King Institute of Preventive Medicine Micro-Biological Section reports 1909-11
Year: 1909
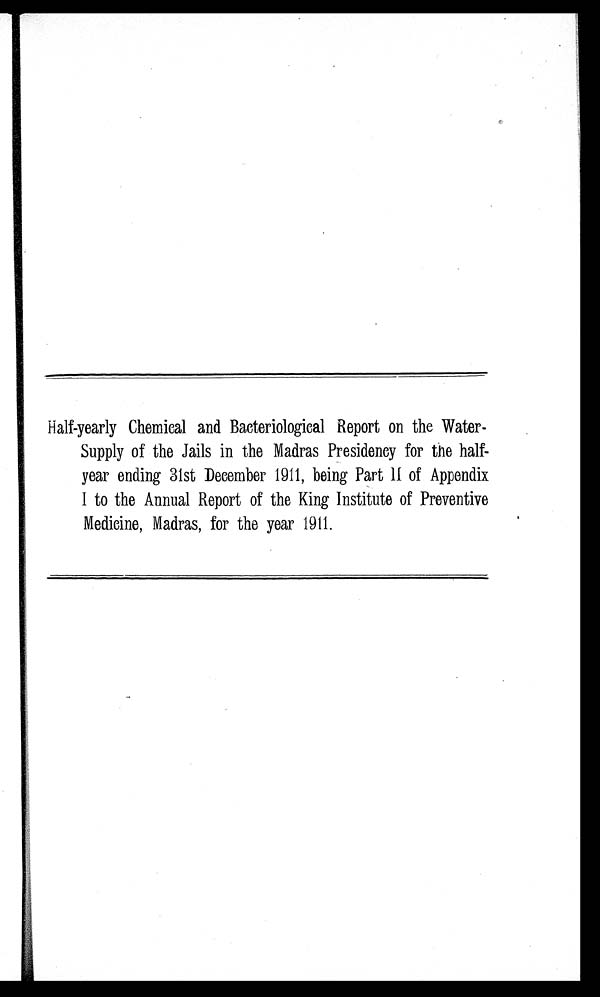
Half-yearly Chemical and Bacteriological Report on the Water-
Supply of the Jails in the Madras Presidency for the half-
year ending 31st December 1911, being Part 11 of Appendix
I to the Annual Report of the King Institute of Preventive
Medicine, Madras, for the year 1911.